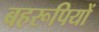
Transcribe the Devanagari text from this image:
बहरूपियों